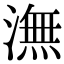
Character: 潕